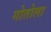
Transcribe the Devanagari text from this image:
गोतोला